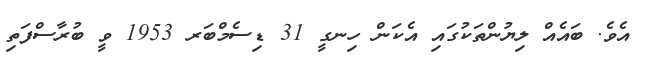
އެވެ. ބައެއް ލިޔުންތަކުގައި އެކަން ހިނގީ 31 ޑިސެމްބަރ 1953 ވީ ބުރާސްފަތި